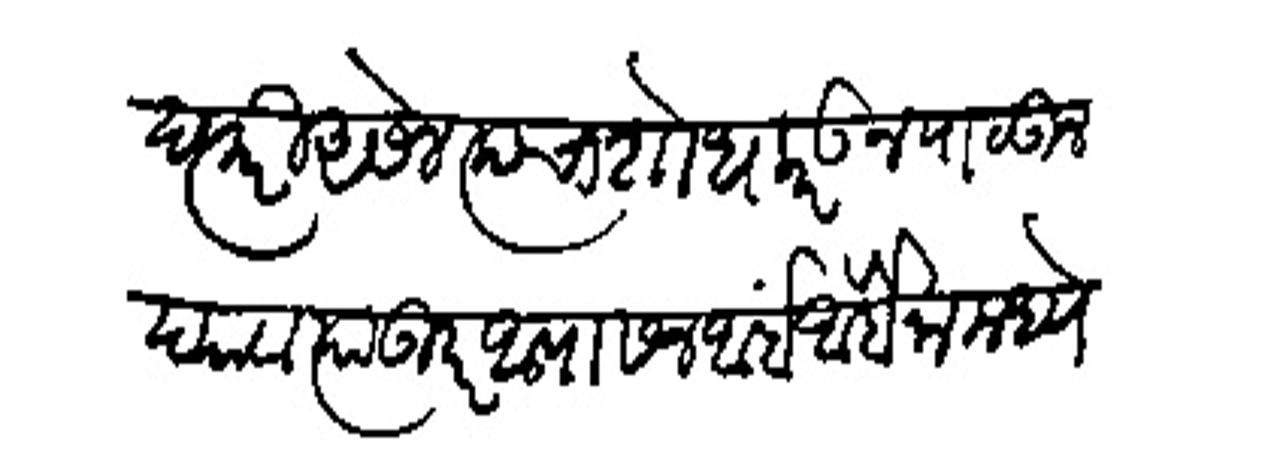
Transliteration (Devanagari): दप्तरी असेल त्याचा शोध करऊन पाठऊन द्यावा त्या उपर आपा सन आंर्बा आबेंना मध्ये